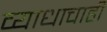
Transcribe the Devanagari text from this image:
व्याधाचाही